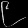
Digit: ၉